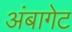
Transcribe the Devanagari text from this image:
अंबागेट